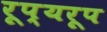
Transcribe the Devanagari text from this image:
रूप्यरूप